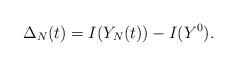
LaTeX: \begin{align*} \Delta_N(t) = I(Y_N(t)) - I(Y^0). \end{align*}